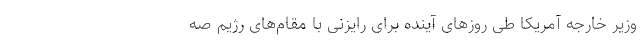
وزیر خارجه آمریکا طی روزهای آینده برای رایزنی با مقام‌های رژیم صه